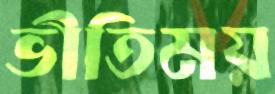
ভীতিময়